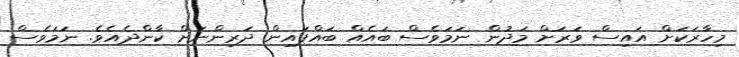
މިހާރަކަށް އައިސް ވަރަށް މަދުން ނަމަވެސް ބައެއް ބައްޕައިން ދަރިންނަށް ކާންދެއެވެ. ނަމަވެސް